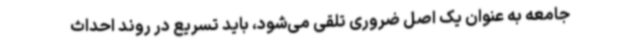
جامعه به عنوان یک اصل ضروری تلقی می‌شود، باید تسریع در روند احداث